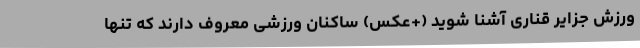
ورزش جزایر قناری آشنا شوید (+عکس) ساکنان ورزشی معروف دارند که تنها